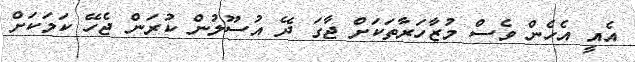
އެއީ އެހެން ވެސް މުޒާހަރާތަކަށް ޖާގަ ދޭ އުސޫލުން ކުރަން ޖެހޭ ކަމަކަށް